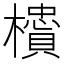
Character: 𬅇